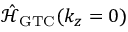
\mathcal { \hat { H } } _ { \mathrm { G T C } } ( k _ { z } = 0 )